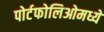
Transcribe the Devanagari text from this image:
पोर्टफोलिओमध्ये